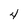
Character: 4